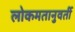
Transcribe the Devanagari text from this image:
लोकमतानुवर्ती